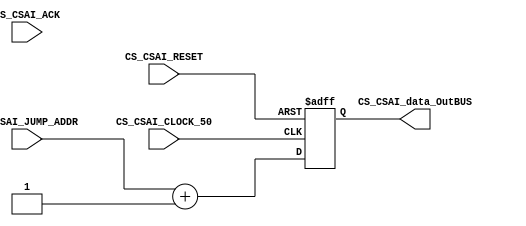
//=======================================================
//  MODULE Definition
//=======================================================
module CS_CSAI(
	//////////// OUTPUTS //////////
	CS_CSAI_data_OutBUS,
	//////////// INPUTS //////////
	CS_CSAI_JUMP_ADDR,
	CS_CSAI_ACK,
	CS_CSAI_RESET,
	CS_CSAI_CLOCK_50
);
//=======================================================
//  PARAMETER declarations
//=======================================================
parameter CSAI_LENGTH_ADDR = 11;
//=======================================================
//  PORT declarations
//=======================================================
output [CSAI_LENGTH_ADDR-1:0] CS_CSAI_data_OutBUS;
input [CSAI_LENGTH_ADDR-1:0] CS_CSAI_JUMP_ADDR;
input CS_CSAI_ACK;
input CS_CSAI_RESET;
input CS_CSAI_CLOCK_50;
//=======================================================
//  REG/WIRE declarations
//=======================================================
reg [CSAI_LENGTH_ADDR-1:0] CSAI_Register;
reg [CSAI_LENGTH_ADDR-1:0] CSAI_Signal;
//=======================================================
//  Structural coding
//=======================================================
//INPUT LOGIC: COMBINATIONAL
always @(*)
begin
//	if (CS_CSAI_ACK == 1'b1)
		CSAI_Signal = CS_CSAI_JUMP_ADDR + 11'b00000000001;
//	else
//		CSAI_Signal = CSAI_Register;
	end	
//STATE REGISTER: SEQUENTIAL
always @(posedge CS_CSAI_CLOCK_50, posedge CS_CSAI_RESET)
begin
	if (CS_CSAI_RESET == 1'b1)
		CSAI_Register <= 0;
	else
		CSAI_Register <= CSAI_Signal;
end
//=======================================================
//  Outputs
//=======================================================
//OUTPUT LOGIC: COMBINATIONAL
assign CS_CSAI_data_OutBUS = CSAI_Register;

endmodule